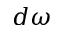
d \omega